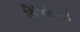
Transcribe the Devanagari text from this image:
लिंगदेहाचे